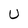
Character: U